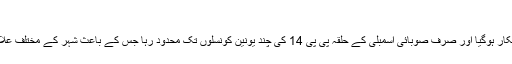
(خبر جاری ہے)
عمران خان کا بلدیاتی الیکشن کے موقع پر راولپنڈی میں پہلا دورہ تنظیم کی گروپ بندی کا شکار ہوگیا اور صرف صوبائی اسمبلی کے حلقہ پی پی 14 کی چند یونین کونسلوں تک محدود رہا جس کے باعث شہر کے مختلف علاقوں کے کارکنان اپنے اپنے علاقوں میں عمران خان کا استقبال کرنے کیلئے کھڑے رہ گئے۔